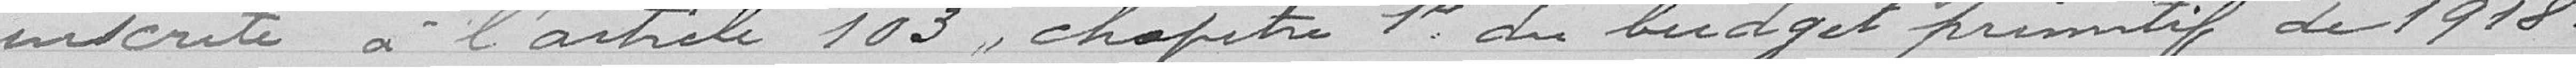
inscrite à l'article 103, chapître 1er du budget primitif de 1918